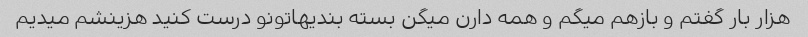
هزار بار گفتم و بازهم میگم و همه دارن میگن بسته بندیهاتونو درست کنید هزینشم میدیم